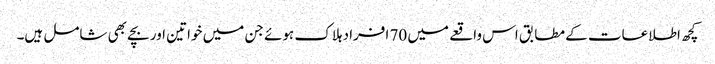
کچھ اطلاعات کے مطابق اس واقعے میں 70 افراد ہلاک ہوئے جن میں خواتین اور بچے بھی شامل ہیں۔